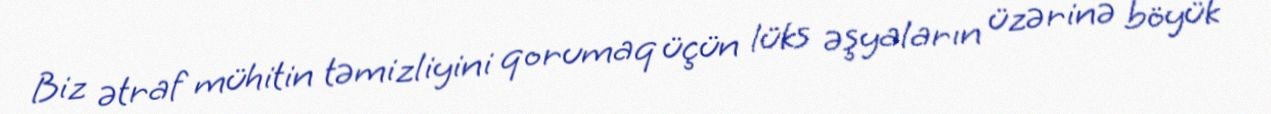
Biz ətraf mühitin təmizliyini qorumaq üçün lüks əşyaların üzərinə böyük